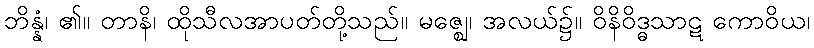
ဘိန္နံ၊ ၏။ တာနိ၊ ထိုသီလအာပတ်တို့သည်။ မဇ္ဈေ၊ အလယ်၌။ ဝိနိဝိဒ္ဓသာဋ ကောဝိယ၊